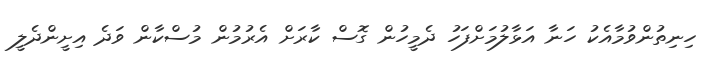
ހިނިތުންވުމާއެކު ހަނާ އަޅާލުމަށްފަހު ދެމީހުން ގޮސް ކާރަށް އެރުމުން މުސްކާން ވަދެ އިށީންދެލީ